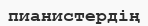
пианистердің